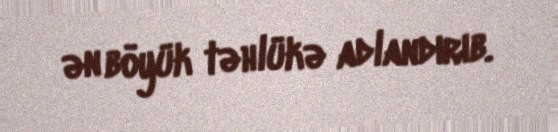
ən böyük təhlükə adlandırıb.